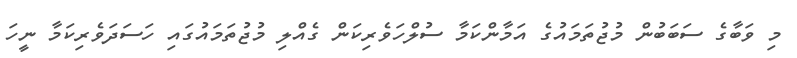
މި ވަބާގެ ސަބަބުން މުޖުތަމައުގެ އަމާންކަމާ ސުލްހަވެރިކަން ގެއްލި މުޖުތަމައުގައި ހަސަދަވެރިކަމާ ނީހަ